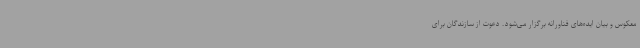
معکوس و بیان ایده‌های فناورانه برگزار می‌شود. دعوت از سازندگان برای